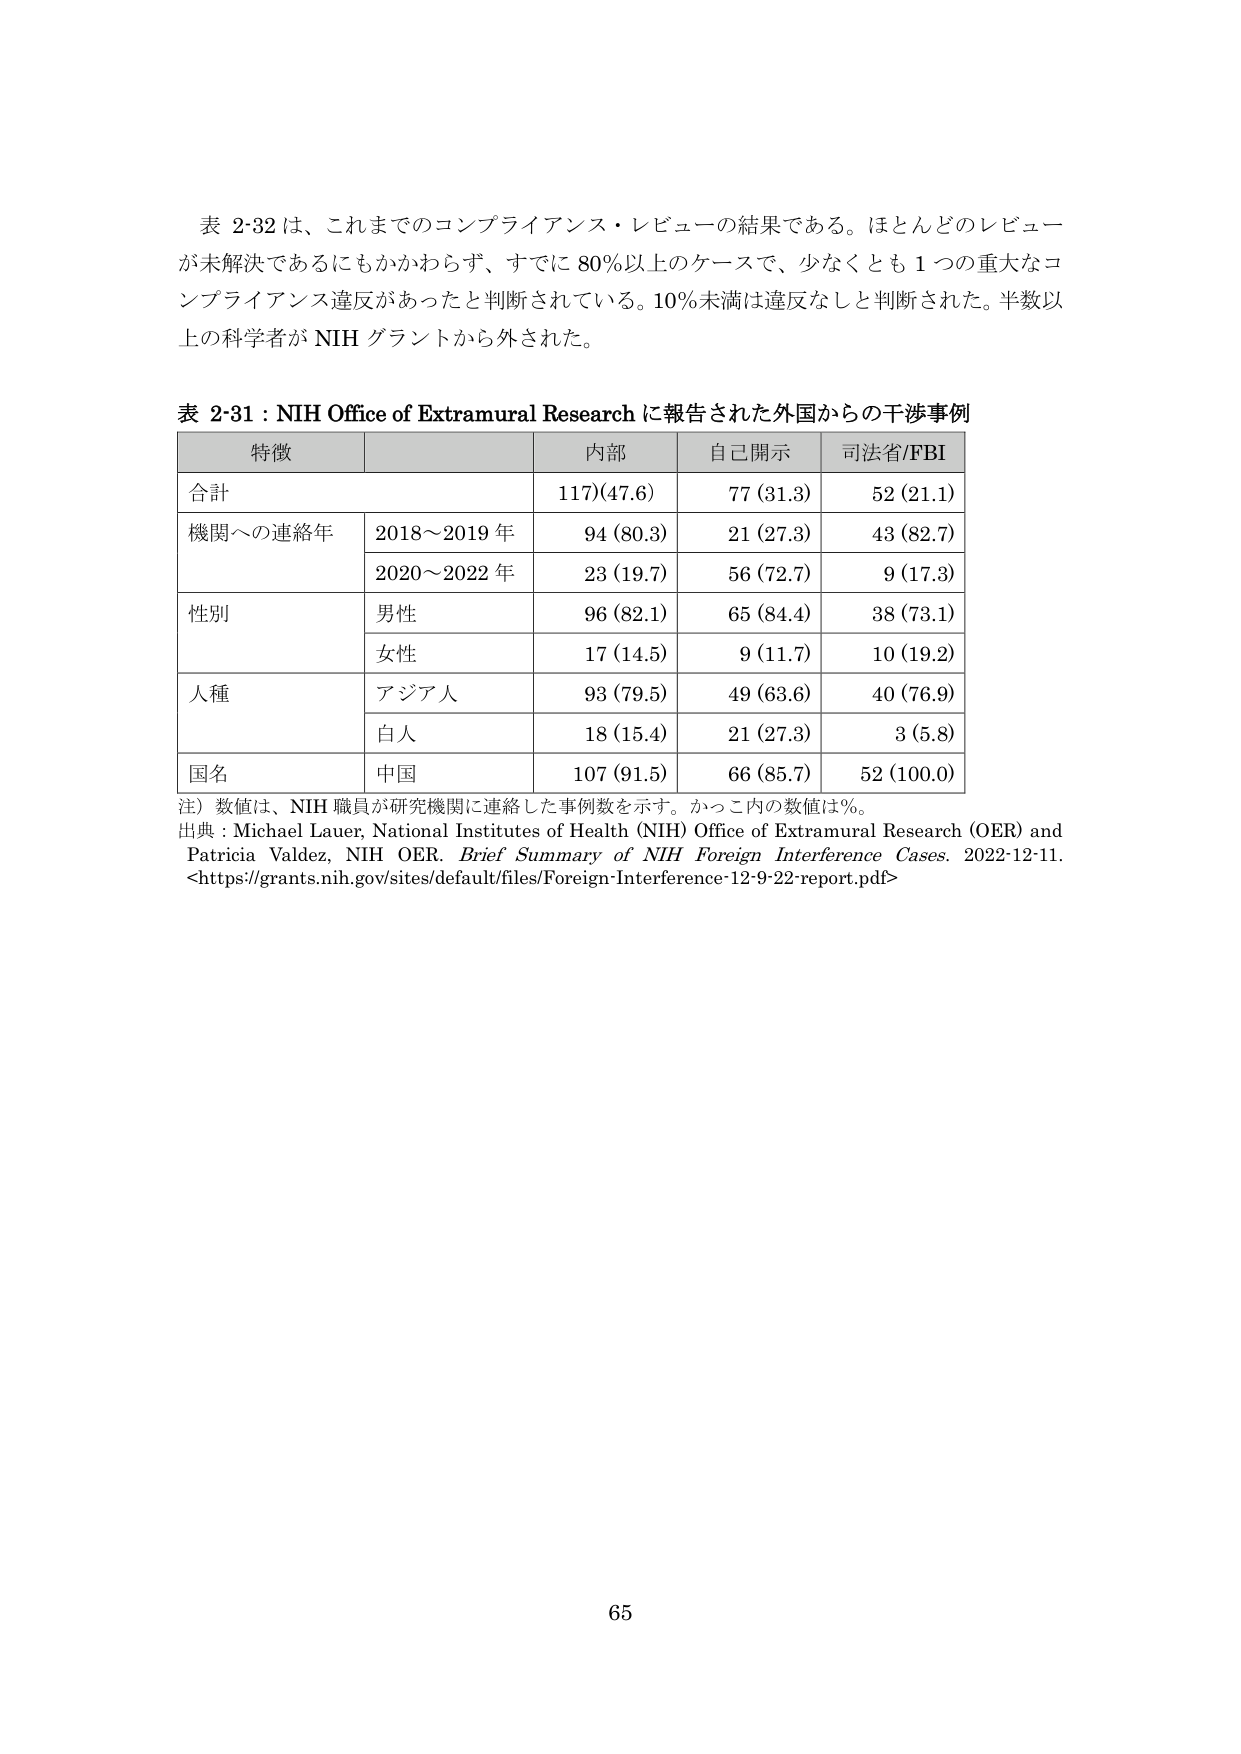
表 2-32 は、これまでのコンプライアンス・レビューの結果である。ほとんどのレビューが未解決であるにもかかわらず、すでに 80%以上のケースで、少なくとも 1 つの重大なコンプライアンス違反があったと判断されている。10%未満は違反なしと判断された。半数以上の科学者が NIH グラントから外された。

表 2-31：NIH Office of Extramural Research に報告された外国からの干渉事例

特徴　　　　　　　　　　　内部　　　　　自己開示　　　司法省/FBI
合計　　　　　　　　　　　117(47.6)　　　77 (31.3)　　　52 (21.1)
機関への連絡年　　　　　2018～2019 年　　94 (80.3)　　　21 (27.3)　　　43 (82.7)
　　　　　　　　　　　　2020～2022 年　　23 (19.7)　　　56 (72.7)　　　9 (17.3)
性別　　　　　　　　　　男性　　　　　　96 (82.1)　　　65 (84.4)　　　38 (73.1)
　　　　　　　　　　　　女性　　　　　　17 (14.5)　　　9 (11.7)　　　　10 (19.2)
人種　　　　　　　　　　アジア人　　　　93 (79.5)　　　49 (63.6)　　　40 (76.9)
　　　　　　　　　　　　白人　　　　　　18 (15.4)　　　21 (27.3)　　　3 (5.8)
国名　　　　　　　　　　中国　　　　　　107 (91.5)　　　66 (85.7)　　　52 (100.0)

注）数値は、NIH 職員が研究機関に連絡した事例数を示す。かっこ内の数値は%。
出典：Michael Lauer, National Institutes of Health (NIH) Office of Extramural Research (OER) and Patricia Valdez, NIH OER. Brief Summary of NIH Foreign Interference Cases. 2022-12-11. <https://grants.nih.gov/sites/default/files/Foreign-Interference-12-9-22-report.pdf>

65